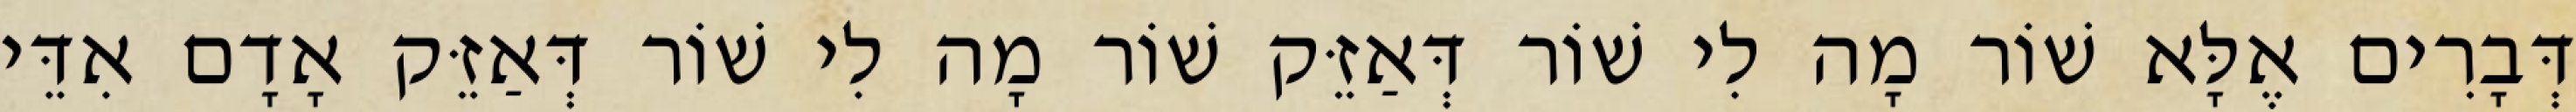
דְּבָרִים אֶלָּא שׁוֹר מָה לִי שׁוֹר דְּאַזֵּק שׁוֹר מָה לִי שׁוֹר דְּאַזֵּק אָדָם אִדֵּי